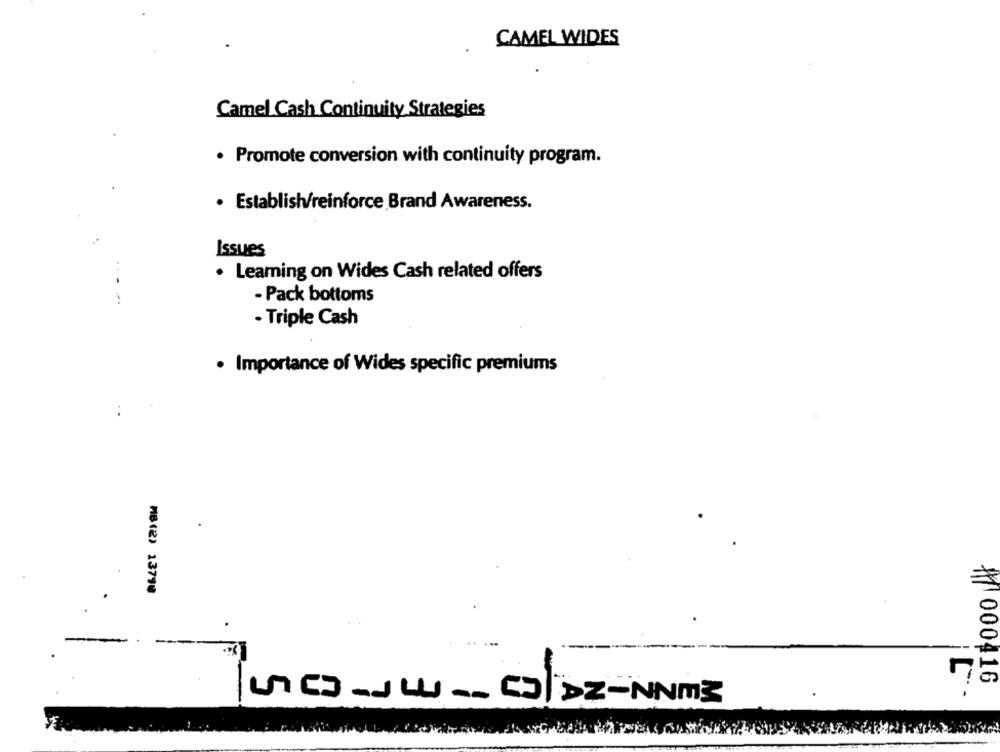
CAMEL WIDES
Camel Cash Continuity Strategies
· Promote conversion with continuity program.
· Establish/reinforce Brand Awareness.
Issues
. Leaming on Wides Cash related offers
- Pack bottoms
- Triple Cash
· Importance of Wides specific premiums
:
MB(2) 13790
11 000416
. -
LnGs-Jw __ C|DZ-NNm3